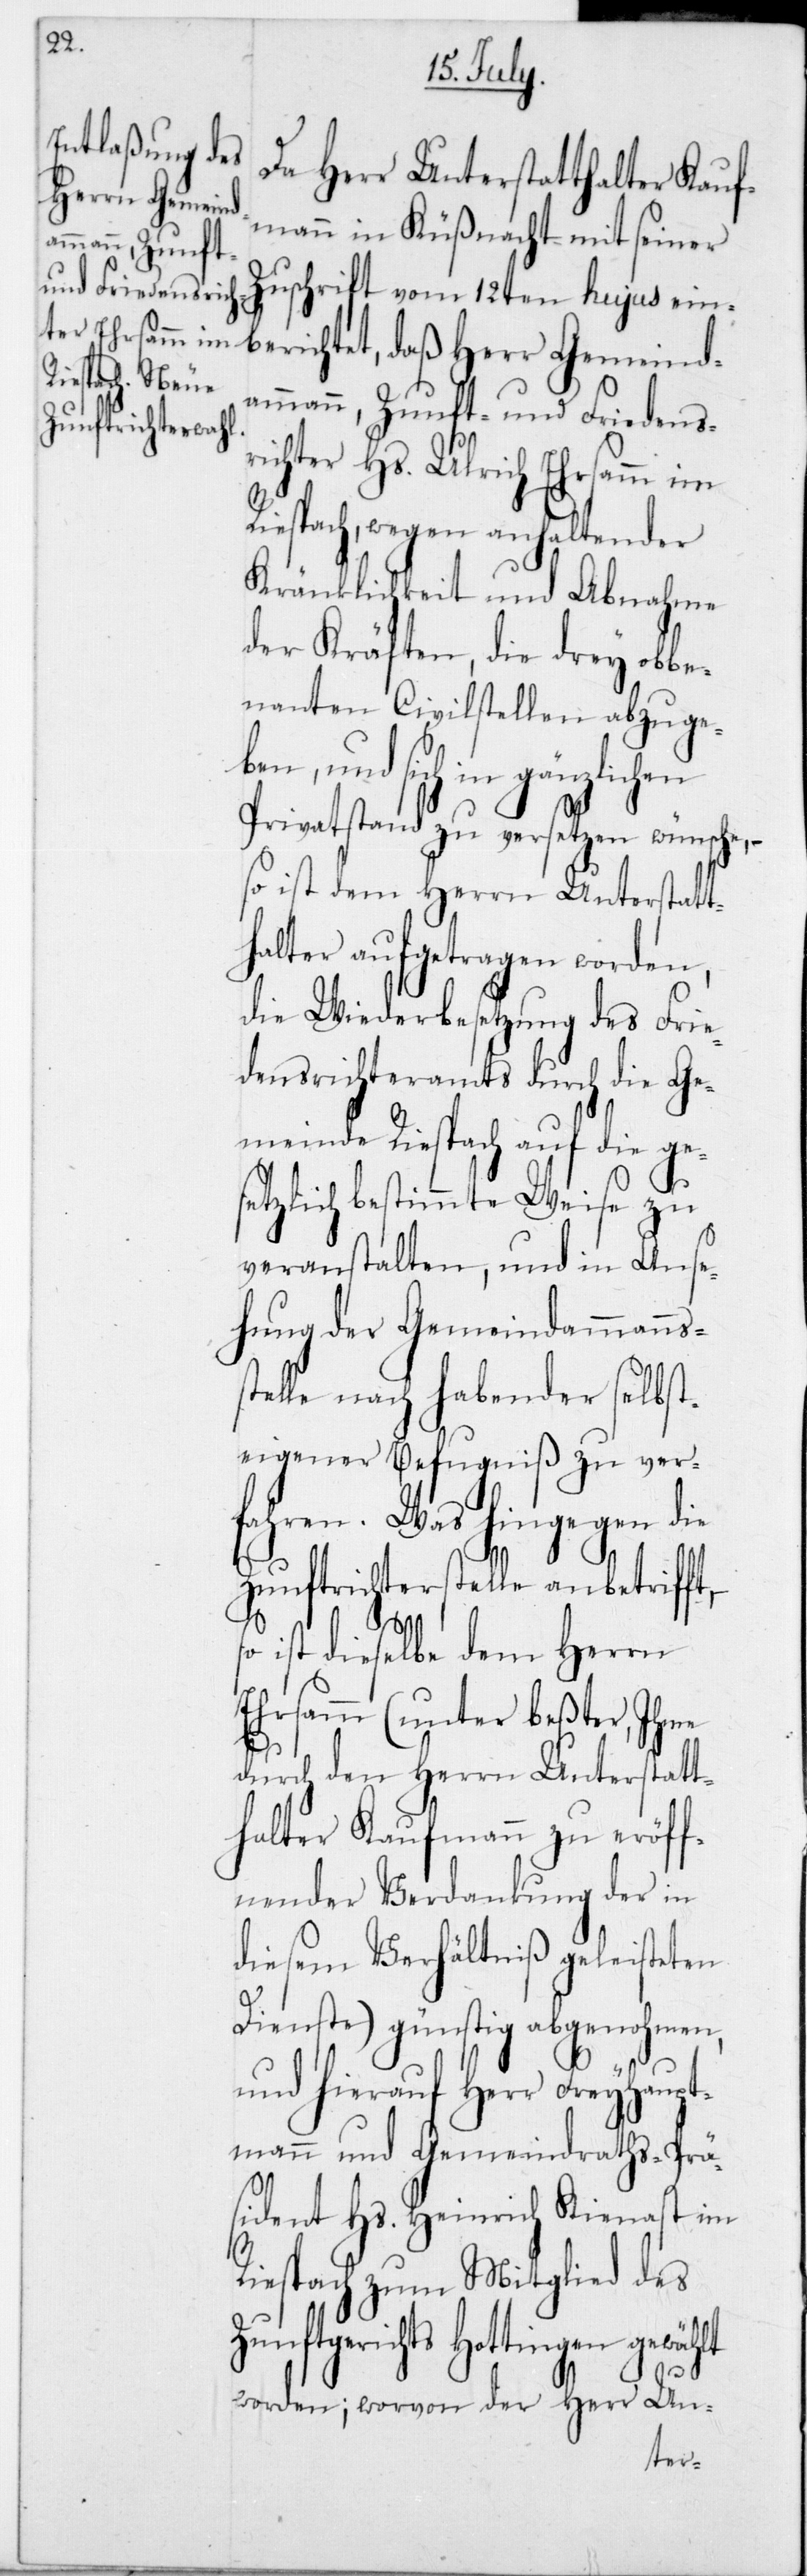
Zu¬
Da Herr Unterstatthalter Kauf¬
Herr Gemeind¬
mann in Küßnacht mit seiner
Zuschrift vom 12ten hujus ein¬
ammann, Zunft- und Friedens¬
berichtet,
richter Hs. Ulrich Ehrsamm im
Riespach, wegen anhaltender
Kränklichkeit und Abnahme
der Kräften, die drey obbe¬
nannten Civilstellen abzuge¬
ben, und sich in gänzlichen
Privatstand zu versetzen wünsche,
so ist dem Herrn Unterstatt¬
halter aufgetragen worden,
die Wiederbesetzung des Frie¬
densrichteramts durch die Gem¬
einde Riesbach auf die ge¬
setzlich bestimmte Weise zu
veranstalten, und in Anse¬
hung der Gemeindammanns-S¬
telle nach habender selbst¬
eigener Befugniß zu ver¬
fahren. Was hingegen die
Zunftrichterstelle anbetrifft,
so ist dieselbe dem Herrn
Ehrsamm (unter beßter, Ihme
durch den Herrn Unterstatt¬
halter Kaufmann zu eröff¬
nender Verdankung der in
diesem Verhältniß geleisteten
Dienste) günstig abgenohmen,
und hierauf Herr Freyhaupt¬
mann und Gemeindraths-Prä¬
sident Hs. Heinrich Kienast im
Riespach zum Mitglied des
nftgerichts Hottingen gewählt
worden; worvon der Herr Un-